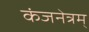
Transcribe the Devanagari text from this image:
कंजनेत्रम्‌